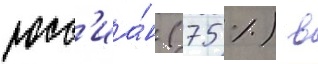
росс'иа́н (75 %) в